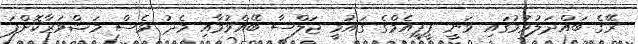
ރޭގެ ބައްދަލުވުމުގައި ވަނީ ޕީޕީއެމްގެ ގައުމީ ޖަލްސާ ބޭއްވުމާއި މެދު ވެސް މަޝްވަރާކޮށްފަ